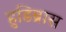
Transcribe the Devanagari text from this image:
हुडिब्रास